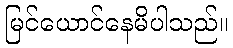
မြင်ယောင်နေမိပါသည်။